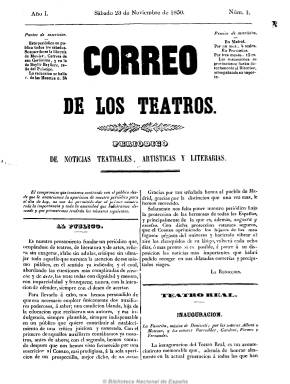
Título: Correo de los teatros
Colección: Literatura || Teatro || Periódicos
Ámbito geográfico: Madrid
Lugar de publicación: Madrid [Madrid]
Fechas: 23/11/1850-04/11/1852

Subtitulado como “periódico de noticias teatrales, artísticas y literarias”, comenzó con frecuencia semanal (salía los sábados) y desde el tres de octubre de 1852, poco antes de desaparecer, con periodicidad bisemanal (domingos y jueves), en números de cuatro páginas, editando más de un centenar. Ofreció artículos de historia musical y de carácter literario, y crítica sobre conciertos, principalmente ópera y danza, de los teatros de la corte (Teatros Real, Príncipe, Español, etc.), y también de provincias y del extranjero. Comenzó a editarse al tiempo que se inauguró el Teatro Real de Madrid, a cuyo acontecimiento le dedicó atención. También ofrece textos biográficos de literatos y músicos (incluye algún grabado de ellos), así como una serie de apuntes históricos para una bibliografía y de prensa musical y una galería artística universal. También contiene una miscelánea de noticias varias musicales en la sección “Álbum”. Algunos textos están compuestos en verso. Entre sus colaboradores aparecen Blas M. Araque, Luis Nobile, Manuel Cañete y Ángela Grassi. Publicó también algún anuncio, al final de su última página.